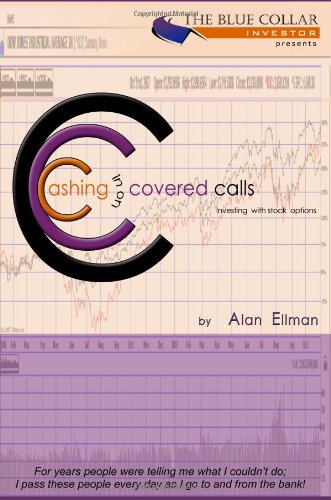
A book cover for Cashing in on Covered Calls. Investing with Stock Options; Alan Ellman; Business & Money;